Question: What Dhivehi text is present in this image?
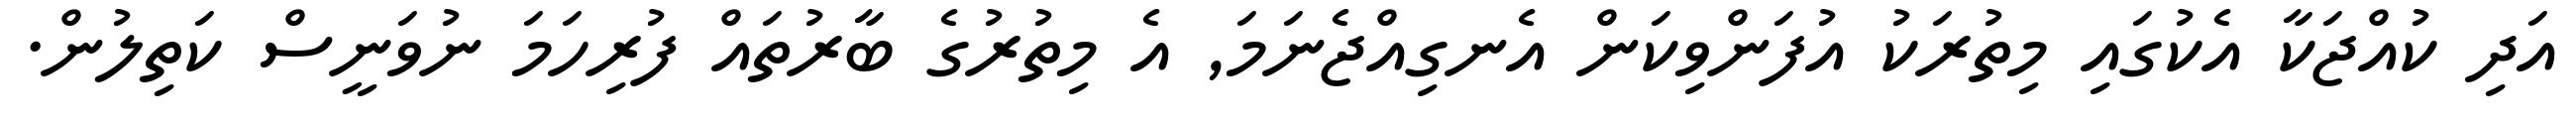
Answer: އަދި ކުއްޖަކާ އެކުގައި މިތުރަކު އުފަންވިކަން އެނގިއްޖެނަމަ, އެ މިތުރުގެ ބާރުތައް ފުރިހަމަ ނުވަނީސް ކަތިލުން.